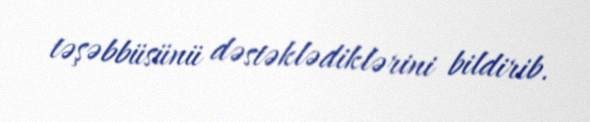
təşəbbüsünü dəstəklədiklərini bildirib.